General report no. 6 on the lunatic asylums, vaccination and dispensaries in the Bengal Presidency, 1873 -
Year: 1873
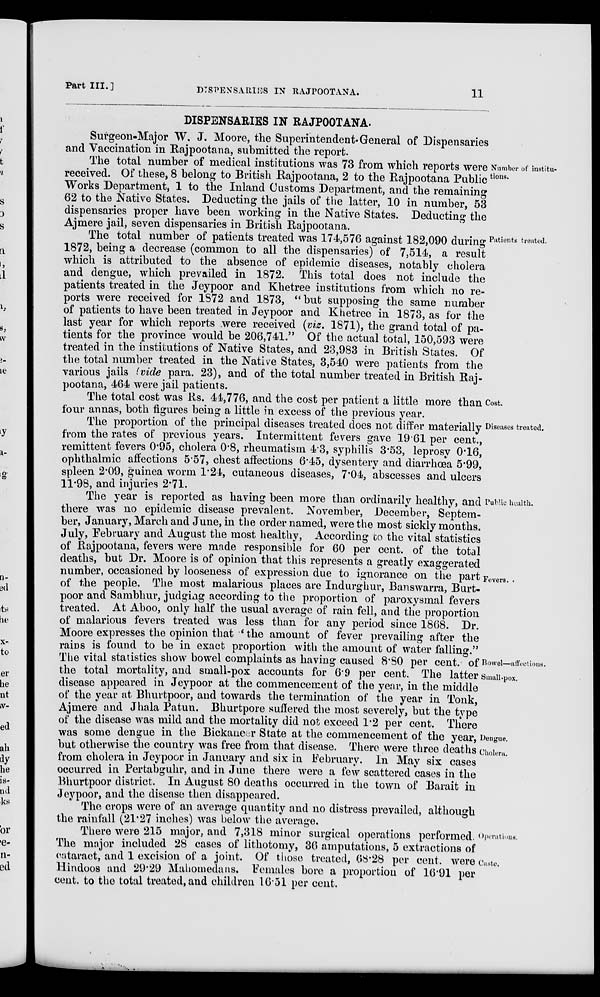
Part III.]
DISPENSARIES IN RAJPOOTANA.
11
DISPENSARIES IN RAJPOOTANA.
Surgeon-Major W. J. Moore, the Superintendent-General of Dispensaries
and Vaccination in Rajpootana, submitted the report.
Number of institu-
tions.
The total number of medical institutions was 73 from which reports were
received. Of these, 8 belong to British Rajpootana, 2 to the Rajpootana Public
Works Department, 1 to the Inland Customs Department, and the remaining
62 to the Native States. Deducting the jails of the latter, 10 in number, 53
dispensaries proper have been working in the Native States. Deducting the
Ajmere jail. seven dispensaries in British Raipootana.
Patients treated.
The total number of patients treated was 174,576 against 182,090 during
1872, being a decrease (common to all the dispensaries) of 7,514, a result
which is attributed to the absence of epidemic diseases, notably cholera
and dengue, which prevailed in 1872. This total does not include the
patients treated in the Jeypoor and Khetree institutions from which no re-
ports were received for 1872 and 1873, "but supposing the same number
of patients to have been treated in Jeypoor and Khetree in 1873, as for the
last year for which reports were received (viz. 1871), the grand total of pa-
tients for the province would be 206,741." Of the actual total, 150,593 were
treated in the institutions of Native States, and 23,983 in British States. Of
the total number treated in the Native States, 3,540 were patients from the
various jails (vide para. 23), and of the total number treated in British Raj.
pootana, 464 were jail patients.
Cost.
The total cost was Rs. 44,776, and the cost per patient a little more than
four annas, both figures being a little in excess of the previous year.
Diseases treated.
The proportion of the principal diseases treated does not differ materially
from the rates of previous years. Intermittent fevers gave 1961 per cent.,
remittent fevers 0.95, cholera 0.8, rheumatism 4.3, syphilis 3.53, leprosy 0.16,
ophthalmic affections 5.57, chest affections 6.45, dysentery and diarrhoea 5.99,
spleen 2.09, guinea worm 1.24, cutaneous diseases, 7.04, abscesses and ulcers
11.98, and injuries 2.71.
Public health.
Fevers.
Bowel—affections.
Small-pox.
Deugue.
Cholera.
The year is reported as having been more than ordinarily healthy, and
there was no epidemic disease prevalent. November, December, Septem-
ber, January, March and June, in the order named, were the most sickly months.
July, February and August the most healthy, According to the vital statistics
of Rajpootana, fevers were made responsible for 60 per cent. of the total
deaths, but Dr. Moore is of opinion that this represents a greatly exaggerated
number, occasioned by looseness of expression due to ignorance on the part
of the people. The most malarious places are Indurghur, Banswarra, Burt.
poor and Sambhur, judging according to the proportion of paroxysmal fevers
treated. At Aboo, only half the usual average of rain fell, and the proportion
of malarious fevers treated was less than for any period since 1868. Dr.
Moore expresses the opinion that ' the amount of fever prevailing after the
rains is found to be in exact proportion with the amount of water falling."
The vital statistics show bowel complaints as having caused 8.80 per cent. of
the total mortality, and small-pox accounts for 6.9 per cent. The latter
disease appeared in Jeypoor at the commencement of the year, in the middle
of the year at Bhurtpoor, and towards the termination of the year in Tonk,
Ajmere and Jhala Patun. Bhurtpore suffered the most severely, but the type
of the disease was mild and the mortality did not exceed 1.2 per cent. There
was some dengue in the Bickaneer State at the commencement of the year,
but otherwise the country was free from that disease. There were three deaths
from cholera in Jeypoor in January and six in February. In May six cases
occurred in Pertabguhr, and in June there were a few scattered cases in the
Bhurtpoor district. In August 80 deaths occurred in the town of Barait in
Jeypoor, and the disease then disappeared.
The crops were of an average quantity and no distress prevailed, although
the rainfall (21.27 inches) was below the average.
Operations.
Caste.
There were 215 major, and 7,318 minor surgical operations performed.
The major included 28 cases of lithotomy, 36 amputations, 5 extractions of
cataract, and 1 excision of a joint. Of those treated, 68.28 per cent. were
Hindoos and 29.29 Mahomedans. Females bore a proportion of 16.91 per
cent. to the total treated, and children 16.51 per cent.